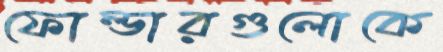
ফোল্ডারগুলোকে